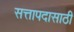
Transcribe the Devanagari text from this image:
सत्तापदासाठी